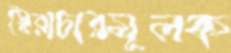
স্বৈরাচারমূলক